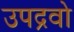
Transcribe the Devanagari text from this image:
उपद्रवो